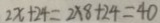
2 x + 2 4 = 2 \times 8 + 2 4 = 4 0